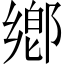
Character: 鄕